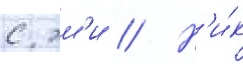
с эм'и // Н'и́к